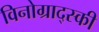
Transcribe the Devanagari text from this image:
विनोग्राद्स्की